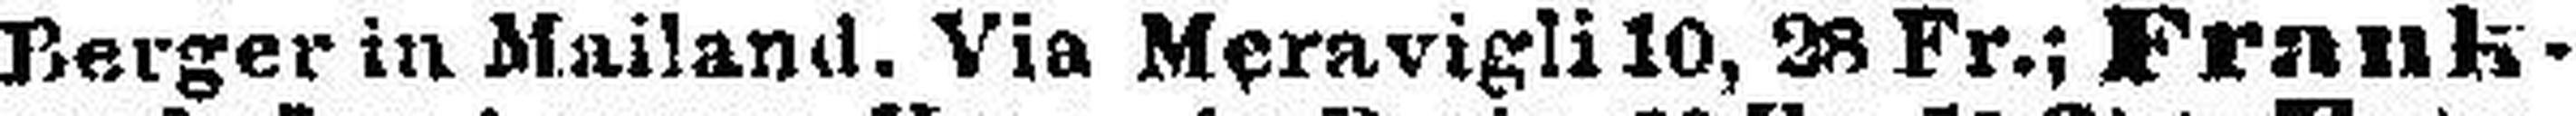
Berger in Mailand. Via Meravigli 10, 28 Fr.: Frank¬